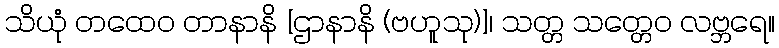
သိယုံ တထေဝ တာနာနိ [ဌာနာနိ (ဗဟူသု)]၊ သတ္တ သတ္တေဝ လဗ္ဘရေ။